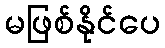
မဖြစ်နိုင်ပေ